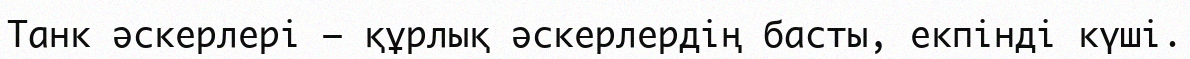
Танк әскерлері – құрлық әскерлердің басты, екпінді күші.